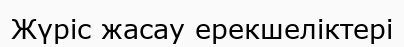
Жүріс жасау ерекшеліктері